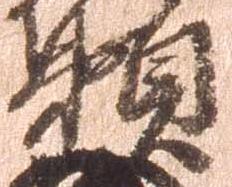
頼